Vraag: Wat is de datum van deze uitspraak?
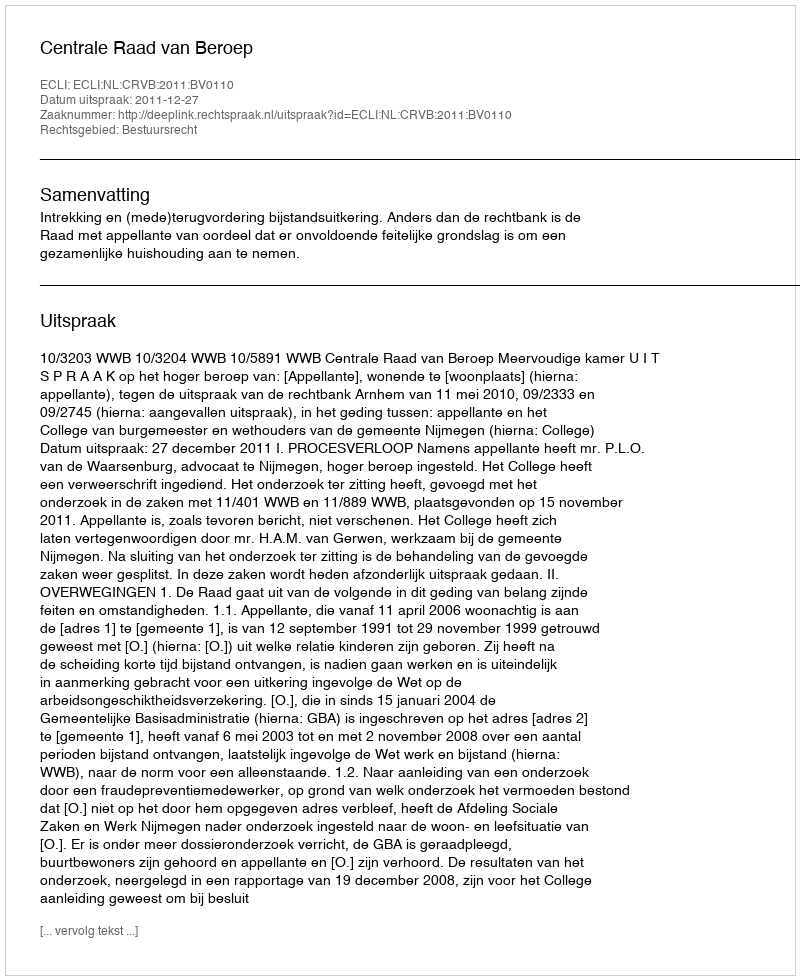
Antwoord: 2011-12-27